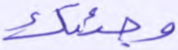
وجئتك